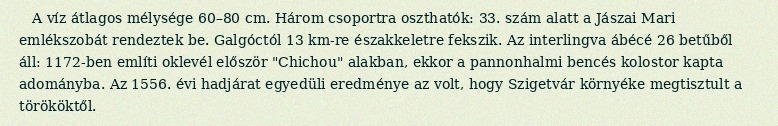
A víz átlagos mélysége 60–80 cm. Három csoportra oszthatók: 33. szám alatt a Jászai Mari emlékszobát rendeztek be. Galgóctól 13 km-re északkeletre fekszik. Az interlingva ábécé 26 betűből áll: 1172-ben említi oklevél először "Chichou" alakban, ekkor a pannonhalmi bencés kolostor kapta adományba. Az 1556. évi hadjárat egyedüli eredménye az volt, hogy Szigetvár környéke megtisztult a törököktől.